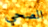
الصحي